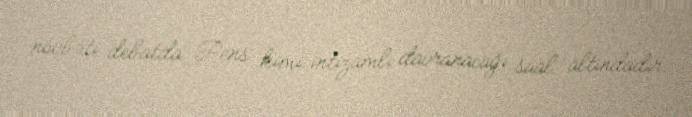
növbəti debatda Pens kimi intizamlı davranacağı sual altındadır.